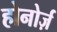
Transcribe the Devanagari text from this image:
होनोर्ज़